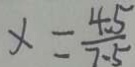
x = \frac { 4 . 5 } { 7 . 5 }